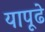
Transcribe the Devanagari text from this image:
यापूढे